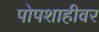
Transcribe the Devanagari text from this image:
पोपशाहीवर